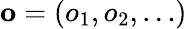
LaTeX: \mathbf{o}=(o_{1},o_{2},\dots)